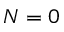
N = 0